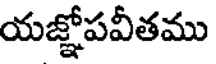
యజ్ఞోపవీతము